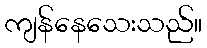
ကျန်နေသေးသည်။